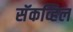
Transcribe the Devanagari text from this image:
सॅकव्हिल